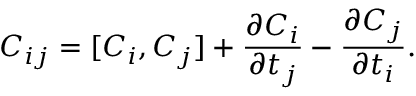
C _ { i j } = [ C _ { i } , C _ { j } ] + \frac { \partial C _ { i } } { \partial t _ { j } } - \frac { \partial C _ { j } } { \partial t _ { i } } .